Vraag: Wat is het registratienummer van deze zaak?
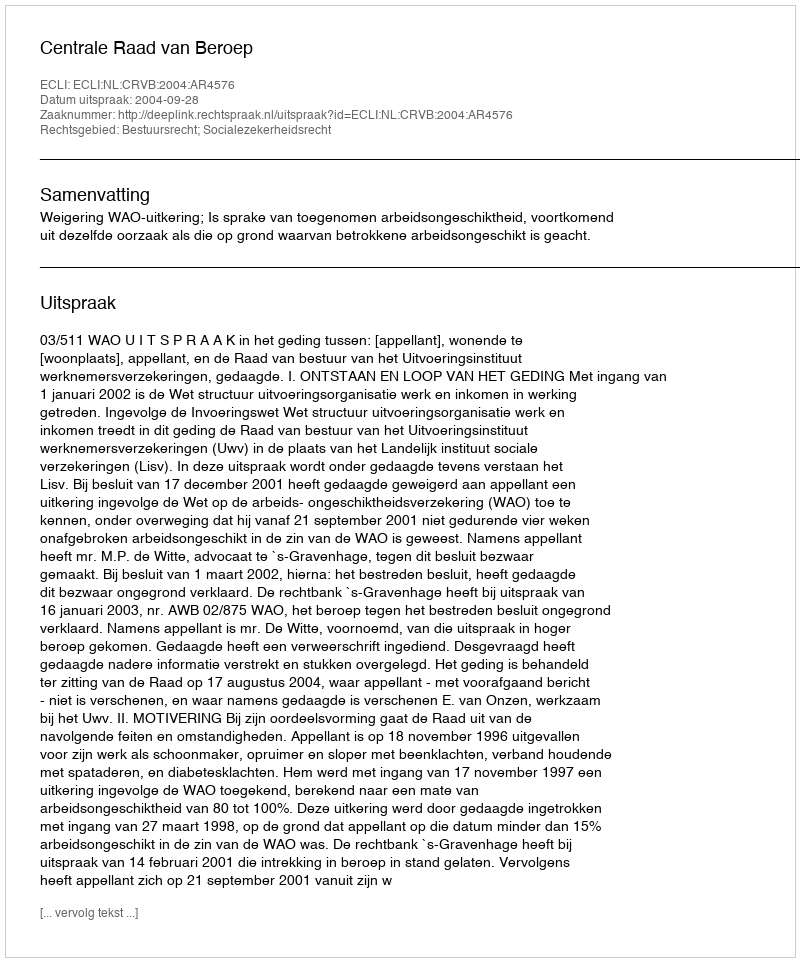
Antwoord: http://deeplink.rechtspraak.nl/uitspraak?id=ECLI:NL:CRVB:2004:AR4576